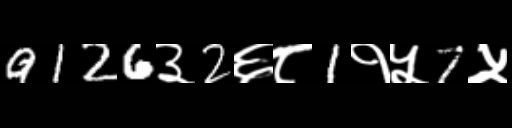
Text: 9126३2६८1१५7५